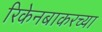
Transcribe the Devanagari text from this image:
रिकेनबाकरच्या